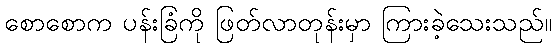
စောစောက ပန်းခြံကို ဖြတ်လာတုန်းမှာ ကြားခဲ့သေးသည်။